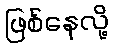
ဖြစ်နေလို့